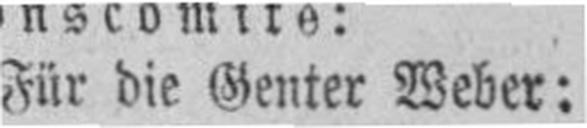
Für die Genter Weber: